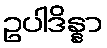
ဥပါဒိန္နာ